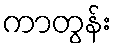
ကာတွန်း